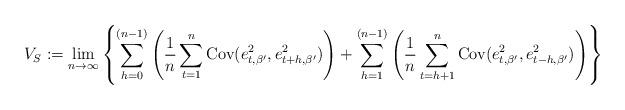
LaTeX: \begin{align*}V_S:=\underset{n\to\infty}\lim \left\{ \sum_{h=0}^{(n-1)}\left(\frac{1}{n} \sum_{t=1}^{n}\textrm{Cov}(e_{t,\beta^\prime}^2, e_{t+h, \beta^\prime}^2)\right)+ \sum_{h=1}^{(n-1)}\left(\frac{1}{n} \sum_{t=h+1}^{n}\textrm{Cov}(e_{t,\beta^\prime}^2,e_{t-h, \beta^\prime}^2)\right)\right\}\end{align*}